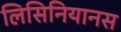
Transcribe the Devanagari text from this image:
लिसिनियानस